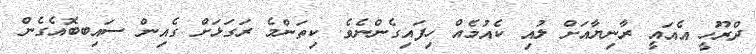
ދްރޫހީ އެއައީ ރާނިޔާއަށް ލުއި ކެއުމެއް ހިފައިގެންނެވެ. ކިތަންމެ ރަގަޅަށް ގެއިން ސައިބބޮއެގެން